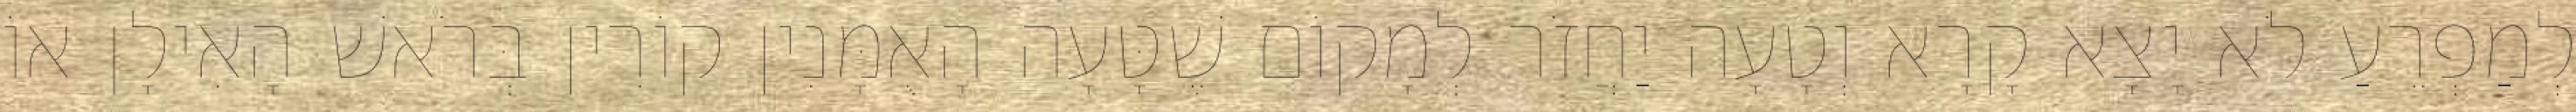
לְמַפְרֵעַ לֹא יָצָא קָרָא וְטָעָה יַחֲזֹר לְמָקוֹם שֶׁטָּעָה הָאֻמָּנִין קוֹרִין בְּרֹאשׁ הָאִילָן אוֹ